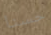
حسنا